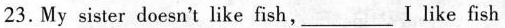
23. My sister doesn't like fish, ___ I like fish